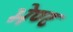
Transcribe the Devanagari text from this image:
भेण्ट